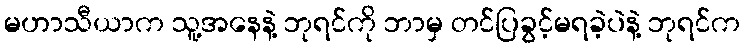
မဟာသီယာက သူ့အနေနဲ့ ဘုရင်ကို ဘာမှ တင်ပြခွင့်မရခဲ့ပဲနဲ့ ဘုရင်က